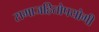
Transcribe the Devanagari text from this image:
समाजहितोपयोगी